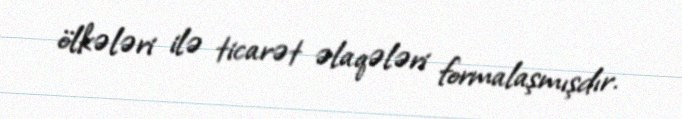
ölkələri ilə ticarət əlaqələri formalaşmışdır.